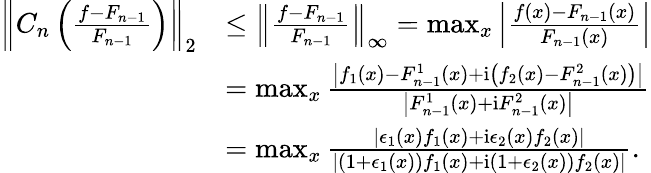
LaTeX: \begin{array}{rl}{\left\Vert C_{n}\left(\frac{f-F_{n-1}}{F_{n-1}}\right)\right\Vert_{2}}&{\leq\left\Vert\frac{f-F_{n-1}}{F_{n-1}}\right\Vert_{\infty}=\operatorname*{max}_{x}{\left\vert\frac{f(x)-F_{n-1}(x)}{F_{n-1}(x)}\right\vert}}\\ &{=\operatorname*{max}_{x}{\frac{\left\vert f_{1}(x)-F_{n-1}^{1}(x)+\mathrm{i}\left(f_{2}(x)-F_{n-1}^{2}(x)\right)\right\vert}{\left\vert F_{n-1}^{1}(x)+\mathrm{i}F_{n-1}^{2}(x)\right\vert}}}\\ &{=\operatorname*{max}_{x}{\frac{\left\vert\epsilon_{1}(x)f_{1}(x)+\mathrm{i}\epsilon_{2}(x)f_{2}(x)\right\vert}{\left\vert(1+\epsilon_{1}(x))f_{1}(x)+\mathrm{i}(1+\epsilon_{2}(x))f_{2}(x)\right\vert}}.}\end{array}